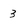
Character: 3